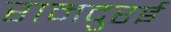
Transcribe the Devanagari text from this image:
रामदुरई